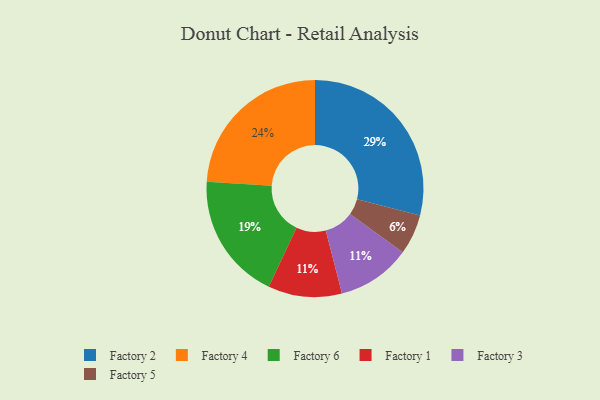
{"axis": {"x": "Category", "y": "Percentage"}, "legend": ["Factory 1", "Factory 2", "Factory 3", "Factory 4", "Factory 5", "Factory 6"], "data": [{"x": "Factory 5", "y": 6, "type": "Factory 5"}, {"x": "Factory 1", "y": 11, "type": "Factory 1"}, {"x": "Factory 6", "y": 19, "type": "Factory 6"}, {"x": "Factory 4", "y": 24, "type": "Factory 4"}, {"x": "Factory 2", "y": 29, "type": "Factory 2"}, {"x": "Factory 3", "y": 11, "type": "Factory 3"}]}